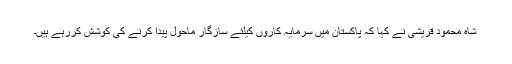
شاہ محمود قریشی نے کہا کہ پاکستان میں سرمایہ کاروں کیلئے سازگار ماحول پیدا کرنے کی کوشش کررہے ہیں۔